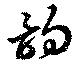
韵